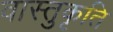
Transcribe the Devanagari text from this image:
वास्तुकृति